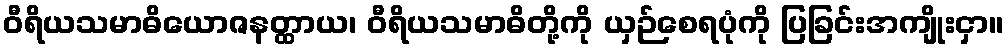
ဝီရိယသမာဓိယောဇနတ္ထာယ၊ ဝီရိယသမာဓိတို့ကို ယှဉ်စေရပုံကို ပြခြင်းအကျိုးငှာ။